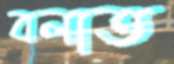
বলাত